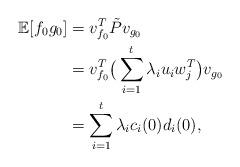
LaTeX: \begin{align*}\mathbb{E}[f_0g_0]&=v_{f_0}^T \tilde P v_{g_0}\\&=v_{f_0}^T\big(\sum_{i=1}^t\lambda_iu_iw_j^T\big) v_{g_0}\\&=\sum_{i=1}^t\lambda_ic_i(0)d_i(0),\end{align*}